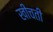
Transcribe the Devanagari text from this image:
खीचती